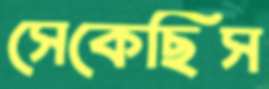
সেকেছিস